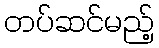
တပ်ဆင်မည့်